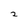
Character: 2